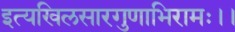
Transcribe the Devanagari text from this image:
इत्यखिलसारगुणाभिरामः।।